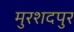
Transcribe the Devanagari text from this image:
मुरशदपुर